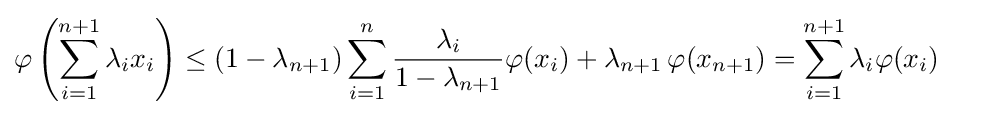
{\begin{aligned}\varphi \left(\sum _{i=1}^{n+1}\lambda _{i}x_{i}\right)&\leq (1-\lambda _{n+1})\sum _{i=1}^{n}{\frac {\lambda _{i}}{1-\lambda _{n+1}}}\varphi (x_{i})+\lambda _{n+1}\,\varphi (x_{n+1})=\sum _{i=1}^{n+1}\lambda _{i}\varphi (x_{i})\end{aligned}}